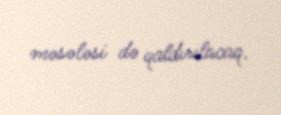
məsələsi də qaldırılacaq.